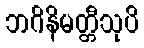
ဘဂိနိမတ္တီသုပိ